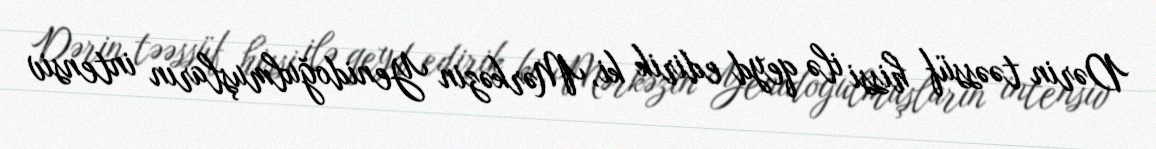
Dərin təəssüf hissi ilə qeyd edirik ki, Mərkəzin Yenidoğulmuşların intensiv